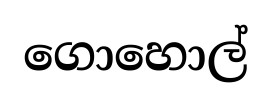
ගොහොල්